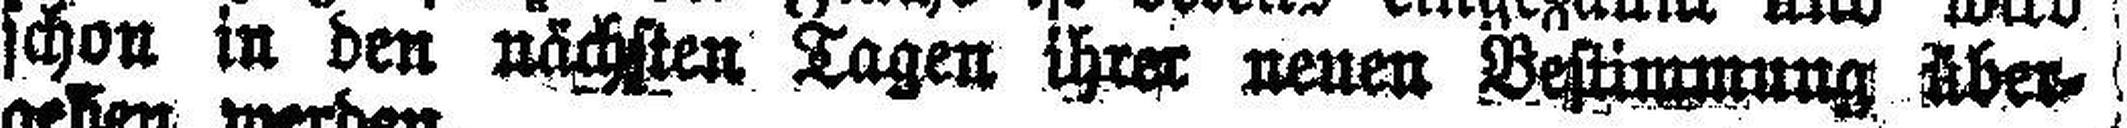
schon in den nächsten Tagen ihrer neuen Bestimmung über¬